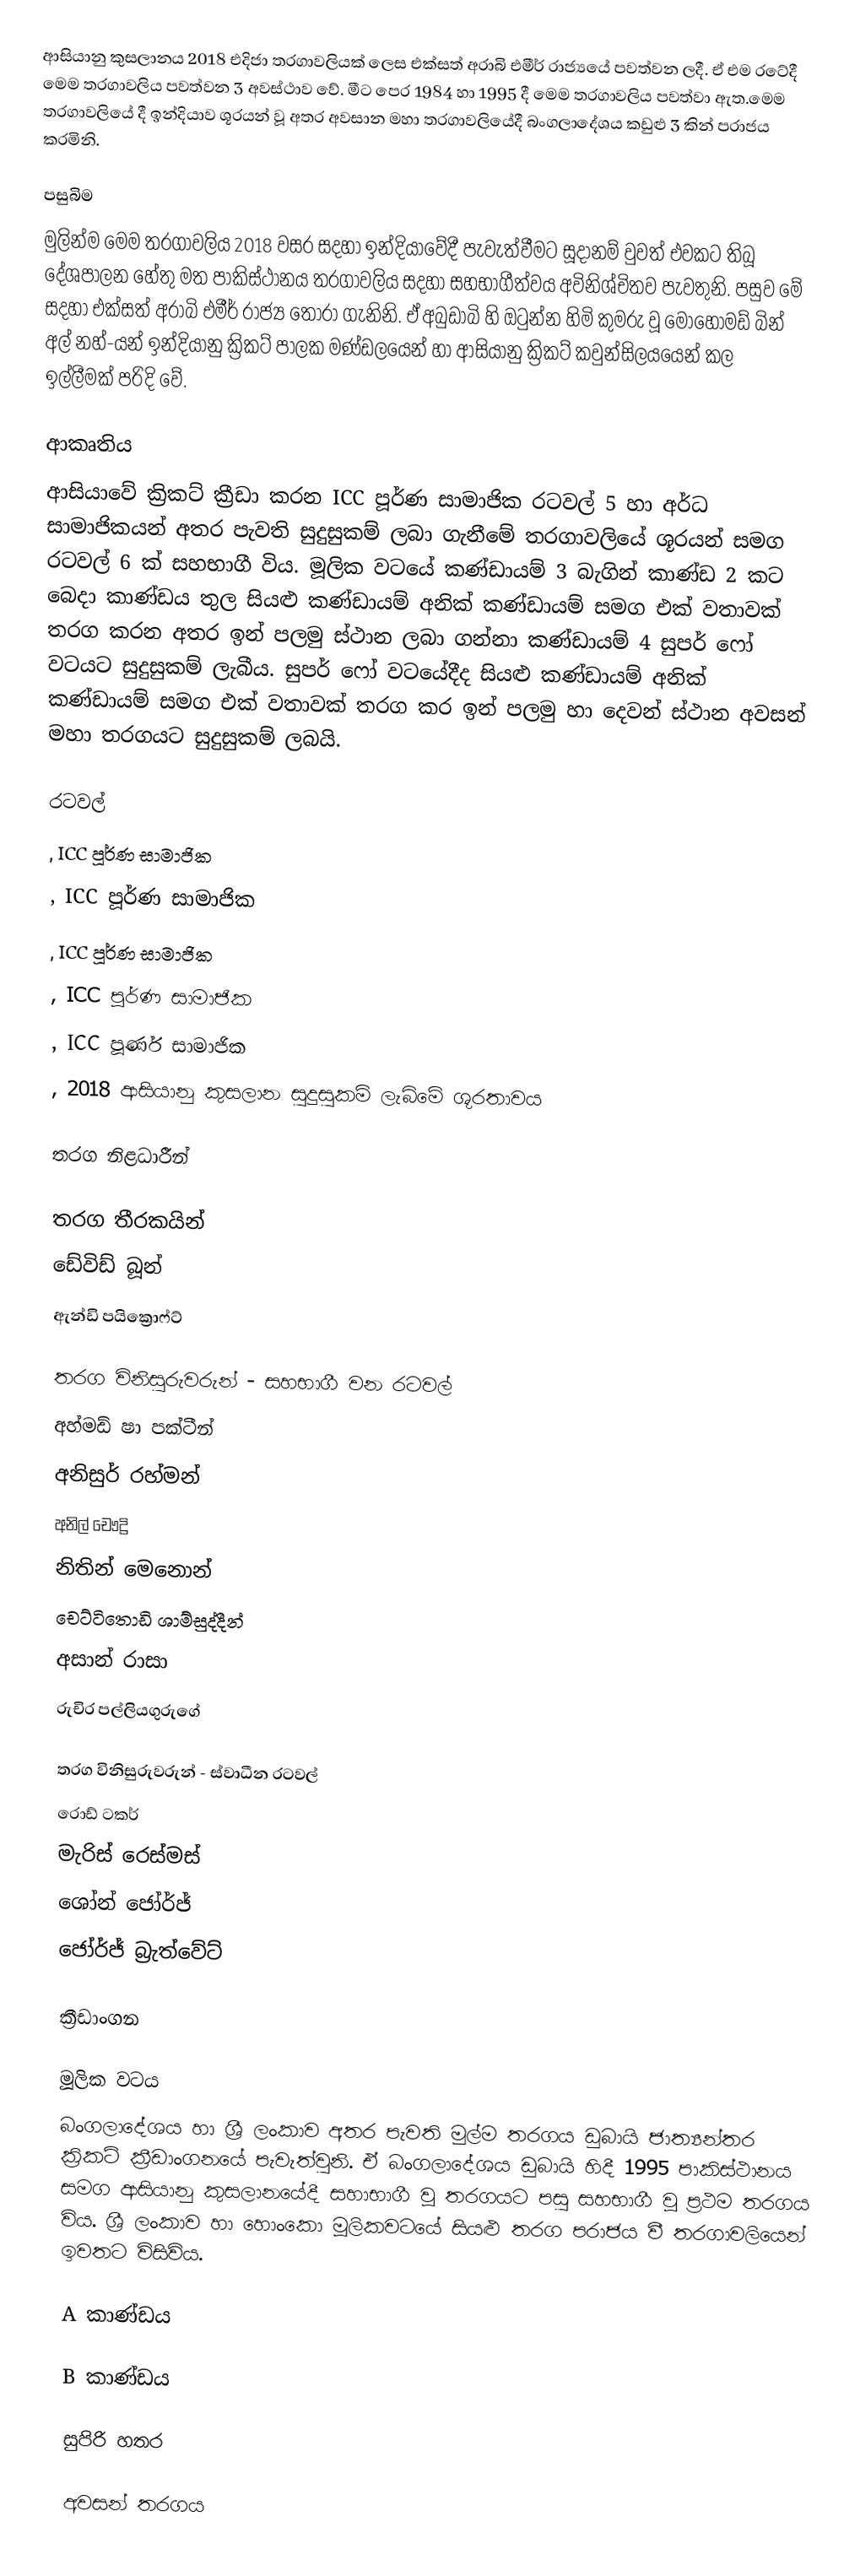
ආසියානු කුසලානය 2018 එදිජා තරගාවලියක් ලෙස එක්සත් අරාබි එමීර් රාජ්‍යයේ පවත්වන ලදී. ඒ එම රටේදී මෙම තරගාවලිය පවත්වන 3 අවස්ථාව වේ. මීට පෙර 1984 හා 1995 දී මෙම තරගාවලිය පවත්වා ඇත.මෙම තරගාවලියේ දී ඉන්දියාව ශූරයන් වූ අතර අවසාන මහා තරගාවලියේදී බංගලාදේශය කඩුළු 3 කින් පරාජය කරමිනි.

පසුබිම
මුලින්ම මෙම තරගාවලිය 2018 වසර සදහා ඉන්දියාවේදී පැවැත්වීමට සූදානම් වුවත් එවකට තිබූ දේශපාලන හේතු මත පාකිස්ථානය තරගාවලිය සදහා සහභාගීත්වය අවිනිශ්චිතව පැවතුනි. පසුව මේ සදහා එක්සත් අරාබි එමීර් රාජ්‍ය තෝරා ගැනිනි. ඒ අබුඩාබි හි ඔටුන්න හිමි කුමරු වූ මොහොමඩ් බින් අල් නහ්-යන් ඉන්දියානු ක්‍රිකට් පාලක මණ්ඩලයෙන් හා ආසියානු ක්‍රිකට් කවුන්සිලයයෙන් කල ඉල්ලීමක් පරිදි වේ.

ආකෘතිය
ආසියාවේ ක්‍රිකට් ක්‍රීඩා කරන ICC පූර්ණ සාමාජික රටවල් 5 හා අර්ධ සාමාජිකයන් අතර පැවති සුදුසුකම් ලබා ගැනීමේ තරගාවලියේ ශූරයන් සමග රටවල් 6 ක් සහභාගී විය. මූලික වටයේ කණ්ඩායම් 3 බැගින් කාණ්ඩ 2 කට බෙදා කාණ්ඩය තුල සියළු කණ්ඩායම් අනික් කණ්ඩායම් සමග එක් වතාවක් තරග කරන අතර ඉන් පලමු ස්ථාන ලබා ගන්නා කණ්ඩායම් 4 සුපර් ෆෝ වටයට සුදුසුකම් ලැබීය. සුපර් ෆෝ වටයේදීද සියළු කණ්ඩායම් අනික් කණ්ඩායම් සමග එක් වතාවක් තරග කර ඉන් පලමු හා දෙවන් ස්ථාන අවසන් මහා තරගයට සුදුසුකම් ලබයි.

රටවල්
 , ICC පූර්ණ සාමාජික
 , ICC පූර්ණ සාමාජික
 , ICC පූර්ණ සාමාජික
 , ICC පූර්ණ සාමාජික
 , ICC පූර්ණ සාමාජික
 , 2018 ආසියානු කුසලාන සුදුසුකම් ලැබිමේ ශූරතාවය

තරග නිළධාරීන්

 තරග තීරකයින්
  ඩේවිඩ් බූන්
  ඇන්ඩි පයික්‍රොෆ්ට්

 තරග විනිසුරුවරුන් - සහභාගී වන රටවල්
  අහ්මඩ් ෂා පක්ටීන්
  අනිසුර් රහ්මන්
  අනිල් චෞද්‍රි
  නිතින් මෙනොන්
  චෙට්ටිතොඩි ශාම්සුද්දීන්
  අසාන් රාසා
  රුචිර පල්ලියගුරුගේ

 තරග විනිසුරුවරුන් - ස්වාධීන රටවල්
  රොඩ් ටකර්
  මැරිස් රෙස්මස්
  ශෝන් ජෝර්ජ්
  ජෝර්ජ් බ්‍රැත්වේට්

ක්‍රීඩාංගන

මූලික වටය
බංගලාදේශය හා ශ්‍රී ලංකාව අතර පැවති මුල්ම තරගය ඩුබායි ජාත්‍යන්තර ක්‍රිකට් ක්‍රීඩාංගනයේ පැවැත්වුනි. ඒ බංගලාදේශය ඩුබායි හිදී 1995 පාකිස්ථානය සමග ආසියානු කුසලානයේදී සහාභාගී වූ තරගයට පසු සහභාගී වූ ප්‍රථම තරගය විය. ශ්‍රී ලංකාව හා හොංකො මූලිකවටයේ සියළු තරග පරාජය වී තරගාවලියෙන් ඉවතට විසිවිය.

A කාණ්ඩය

B කාණ්ඩය

සුපිරි හතර

අවසන් තරගය